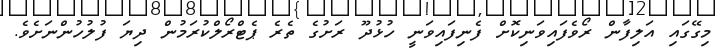
މިގޭގައި އަލިފާން ރޯވެފައިވަނިކޮށް ފެނިފައިވަނީ ހުޅުދޫ ރަށުގެ ތެރެ ޕެޓްރޯލްކުރަމުން ދިޔަ ފުލުހުންނަށެވެ.